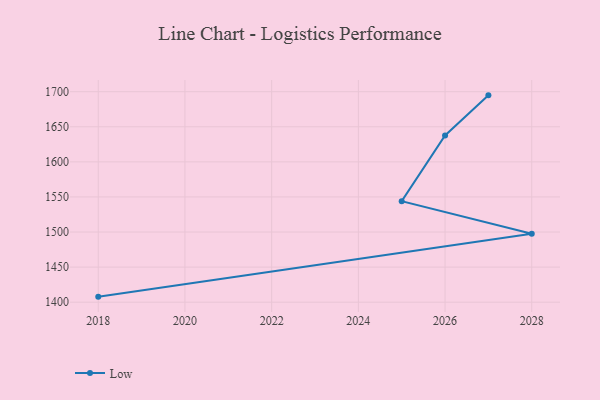
{"axis": {"x": "Year", "y": "Temperature (°C)"}, "legend": ["Low"], "data": [{"x": "2027", "y": 1694.8, "type": "Low"}, {"x": "2026", "y": 1637.6, "type": "Low"}, {"x": "2025", "y": 1544.0, "type": "Low"}, {"x": "2028", "y": 1497.5, "type": "Low"}, {"x": "2018", "y": 1407.9, "type": "Low"}]}